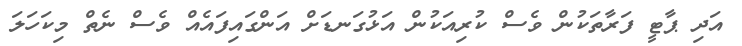
އަދި ޕާޓީ ފަރާތަކުން ވެސް ކުރިއަކުން އަޅުގަނޑަށް އަންގައިފައެއް ވެސް ނެތް މިކަހަލަ